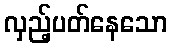
လှည့်ပတ်နေသော